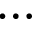
\dots